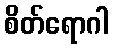
စိတ်ရောဂါ